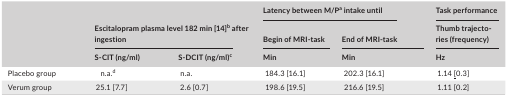
<table><thead><tr><td rowspan="3"></td><td rowspan="2" colspan="2"><b>Escitalopram plasma level 182 min [14]b after ingestion</b></td><td colspan="2"><b>Latency between M/Pa intake until</b></td><td><b>Task performance</b></td></tr><tr><td><b>Begin of MRI‐task</b></td><td><b>End of MRI‐task</b></td><td><b>Thumb trajectories (frequency)</b></td></tr><tr><td><b>S‐CIT (ng/ml)</b></td><td><b>S‐DCIT (ng/ml)c</b></td><td><b>Min</b></td><td><b>Min</b></td><td><b>Hz</b></td></tr></thead><tbody><tr><td>Placebo group</td><td>n.a.d</td><td>n.a.</td><td>184.3 [16.1]</td><td>202.3 [16.1]</td><td>1.14 <underline>[</underline>0.3]</td></tr><tr><td>Verum group</td><td>25.1 [7.7]</td><td>2.6 [0.7]</td><td>198.6 [19.5]</td><td>216.6 [19.5]</td><td>1.11 [0.2]</td></tr></tbody></table>